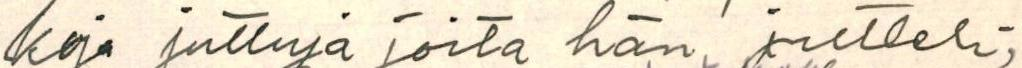
koja juttuja joita hän jutteli,